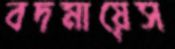
বদমায়েস